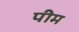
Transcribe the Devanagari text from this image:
पीम